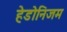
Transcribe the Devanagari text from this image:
हेडोनिजम